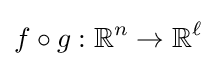
f\circ g:{\mathbb {R} }^{n}\rightarrow {\mathbb {R} }^{\ell }